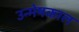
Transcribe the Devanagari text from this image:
उन्मेषकाल